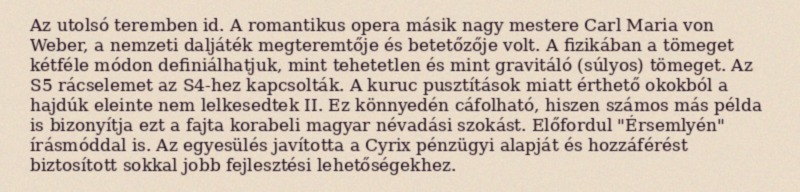
Az utolsó teremben id. A romantikus opera másik nagy mestere Carl Maria von Weber, a nemzeti daljáték megteremtője és betetőzője volt. A fizikában a tömeget kétféle módon definiálhatjuk, mint tehetetlen és mint gravitáló (súlyos) tömeget. Az S5 rácselemet az S4-hez kapcsolták. A kuruc pusztítások miatt érthető okokból a hajdúk eleinte nem lelkesedtek II. Ez könnyedén cáfolható, hiszen számos más példa is bizonyítja ezt a fajta korabeli magyar névadási szokást. Előfordul "Érsemlyén" írásmóddal is. Az egyesülés javította a Cyrix pénzügyi alapját és hozzáférést biztosított sokkal jobb fejlesztési lehetőségekhez.